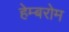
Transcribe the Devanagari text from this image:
हेम्बरोम